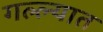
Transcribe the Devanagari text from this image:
गल्ल्यात